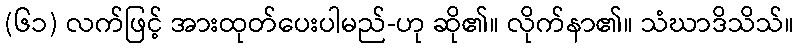
(၆၁) လက်ဖြင့် အားထုတ်ပေးပါမည်-ဟု ဆို၏။ လိုက်နာ၏။ သံဃာဒိသိသ်။